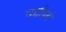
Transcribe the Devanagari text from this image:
चालिये